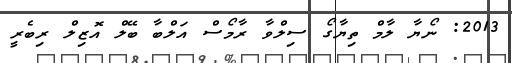
2013: ނޯޔާ ލާމް ތިޔާގޯ ސިލްވާ ރާމޯސް އަލްބާ ބޭލް އޮޒިލް ރިބެރީ